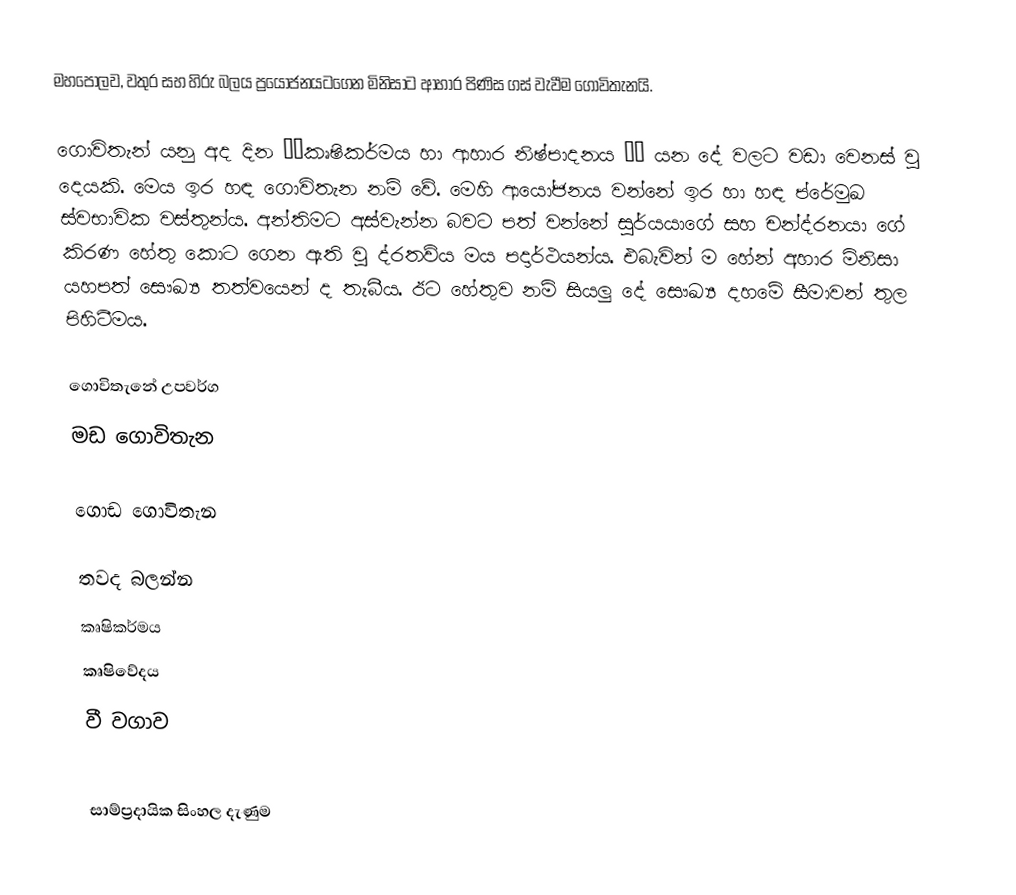
මහපොලව, වතුර සහ හිරු බලය ප්‍රයෝජනයටගෙන මිනිසාට ආහාර පිණිස ගස් වැවීම ගොවිතැනයි.

ගොවිතැන් යනු අද දින ‘’කෘෂිකර්මය හා ආහාර නිෂ්පාදනය  ‘’ යන දේ වලට වඩා වෙනස් වු දෙයකි. මෙය ඉර හඳ ගොවිතැන  නම් වේ. මෙහි ආයෝජනය වන්නේ ඉර හා හඳ ප්රේමුඛ ස්වභාවික වස්තුන්ය.  අන්තිමට අස්වැන්න බවට පත් වන්නේ සුර්යයාගේ සහ චන්ද්රනයා ගේ කිරණ හේතු කොට ගෙන ඇති වු ද්රතව්ය මය පදාර්ථයන්ය. එබැවින් ම හේන් අහාර මිනිසා යහපත් සෞඛ්‍ය තත්වයෙන් ද තැබීය. ඊට හේතුව නම් සියලු දේ සෞඛ්‍ය දහමේ සීමාවන් තුල පිහිටීමය.

ගොවිතැනේ උපවර්ග
මඩ ගොවිතැන

ගොඩ ගොවිතැන

තවද බලන්න
 කෘෂිකර්මය
 කෘෂිවේදය
 වී වගාව

සාම්ප්‍රදායික සිංහල දැණුම